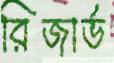
রিজার্ভ